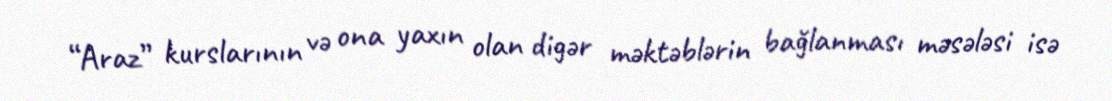
“Araz” kurslarının və ona yaxın olan digər məktəblərin bağlanması məsələsi isə